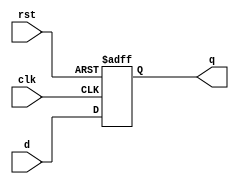
module dff(input d,clk,rst,output q);
	
	reg qReg;
	
	always @ (posedge clk or negedge rst) begin
		if (~rst) begin
			qReg<=0;
		end
		else begin
			qReg<=d;
		end
	end
	
	assign q = qReg;
	
endmodule

module takeInput(input clk,rst,p1t,p2t,winP1,winP2,output p1o,p2o,xp);
	
	wire const1;
	assign const1 = 1;
	
	wire gameOver;
	
	assign gameOver = const1 & (~winP1) & (~winP2);
	
	wire q1;
	
	dff df1(gameOver,clk,rst,q1);
	dff df2(p1t,q1,rst,p1o);
	dff df3(p2t,q1,rst,p2o);
	
	assign xp = p1o^p2o;
	
endmodule

module decideTurn(input xI1,xI2,xI3,xI4,xI5,xI6,xI7,xI8,xI9, output p1t,p2t);
	
	xor(p2t,xI1,xI2,xI3,xI4,xI5,xI6,xI7,xI8,xI9);
	not(p1t,p2t);
	
endmodule

module checkWin(input o1,o2,o3,o4,o5,o6,o7,o8,o9,output win);
	wire a1,a2,a3,a4,a5,a6,a7,a8;
	
	and(a1,o1,o2,o3);
	and(a2,o4,o5,o6);
	and(a3,o7,o8,o9);
	and(a4,o1,o4,o7);
	and(a5,o2,o5,o8);
	and(a6,o3,o6,o9);
	and(a7,o1,o5,o9);
	and(a8,o3,o5,o7);
	
	or(win,a1,a2,a3,a4,a5,a6,a7,a8);
	
endmodule

module checkDraw(input xI1,xI2,xI3,xI4,xI5,xI6,xI7,xI8,xI9,winP1,winP2, output draw);
	wire nWinP1,nWinP2;
	not(nWinP1,winP1);
	not(nWinP2,winP2);
	
	and(draw,xI1,xI2,xI3,xI4,xI5,xI6,xI7,xI8,xI9,nWinP1,nWinP2);
	
endmodule

module game(input clk1,clk2,clk3,clk4,clk5,clk6,clk7,clk8,clk9,reset,output winP1,winP2,draw,i1p1,i1p2,i2p1,i2p2,i3p1,i3p2,i4p1,i4p2,i5p1,i5p2,i6p1,i6p2,i7p1,i7p2,i8p1,i8p2,i9p1,i9p2,xI1,xI2,xI3,xI4,xI5,xI6,xI7,xI8,xI9);
	
	
	takeInput i1(clk1,reset,p1t,p2t,winP1,winP2,i1p1,i1p2,xI1);
	takeInput i2(clk2,reset,p1t,p2t,winP1,winP2,i2p1,i2p2,xI2);
	takeInput i3(clk3,reset,p1t,p2t,winP1,winP2,i3p1,i3p2,xI3);
	takeInput i4(clk4,reset,p1t,p2t,winP1,winP2,i4p1,i4p2,xI4);
	takeInput i5(clk5,reset,p1t,p2t,winP1,winP2,i5p1,i5p2,xI5);
	takeInput i6(clk6,reset,p1t,p2t,winP1,winP2,i6p1,i6p2,xI6);
	takeInput i7(clk7,reset,p1t,p2t,winP1,winP2,i7p1,i7p2,xI7);
	takeInput i8(clk8,reset,p1t,p2t,winP1,winP2,i8p1,i8p2,xI8);
	takeInput i9(clk9,reset,p1t,p2t,winP1,winP2,i9p1,i9p2,xI9);
	
	decideTurn turnDecide(xI1,xI2,xI3,xI4,xI5,xI6,xI7,xI8,xI9,p1t,p2t);
	
	
	checkWin p1(i1p1,i2p1,i3p1,i4p1,i5p1,i6p1,i7p1,i8p1,i9p1,winP1);
	checkWin p2(i1p2,i2p2,i3p2,i4p2,i5p2,i6p2,i7p2,i8p2,i9p2,winP2);
	
	checkDraw drawCheck(xI1,xI2,xI3,xI4,xI5,xI6,xI7,xI8,xI9,winP1,winP2,draw);
	
	
endmodule